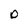
Character: O